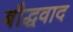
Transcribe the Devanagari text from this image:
बौद्धवाद